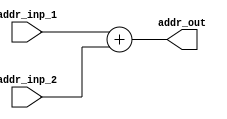
`timescale 1ns / 1ps
//////////////////////////////////////////////////////////////////////////////////
// Company: 
// Engineer: 
// 
// Design Name: 
// Module Name:    Adder_2 
// Project Name: 
// Target Devices: 
// Tool versions: 
// Description: 
//
// Dependencies: 
//
// Revision: 
// Revision 0.01 - File Created
// Additional Comments: 
//
//////////////////////////////////////////////////////////////////////////////////
module Adder_2(
	addr_inp_1,
	addr_inp_2,
	addr_out
    );

	input [15:0] addr_inp_1, addr_inp_2;
	output reg [15:0] addr_out;
	
	always @ (addr_inp_2)
	begin
		addr_out <= addr_inp_1 + addr_inp_2;
	end
endmodule